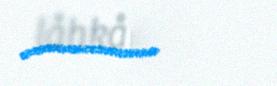
låhkåmij,